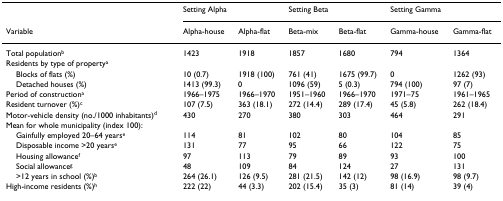
<table><thead><tr><td></td><td colspan="2"><b>Setting Alpha</b></td><td colspan="2"><b>Setting Beta</b></td><td colspan="2"><b>Setting Gamma</b></td></tr><tr><td><b>Variable</b></td><td><b>Alpha-house</b></td><td><b>Alpha-flat</b></td><td><b>Beta-mix</b></td><td><b>Beta-flat</b></td><td><b>Gamma-house</b></td><td><b>Gamma-flat</b></td></tr></thead><tbody><tr><td>Total population<sup>b</sup></td><td>1423</td><td>1918</td><td>1857</td><td>1680</td><td>794</td><td>1364</td></tr><tr><td>Residents by type of property<sup>a</sup></td><td></td><td></td><td></td><td></td><td></td><td></td></tr><tr><td> Blocks of flats (%)</td><td>10 (0.7)</td><td>1918 (100)</td><td>761 (41)</td><td>1675 (99.7)</td><td>0</td><td>1262 (93)</td></tr><tr><td> Detached houses (%)</td><td>1413 (99.3)</td><td>0</td><td>1096 (59)</td><td>5 (0.3)</td><td>794 (100)</td><td>97 (7)</td></tr><tr><td>Period of construction<sup>a</sup></td><td>1966–1975</td><td>1966–1970</td><td>1951–1960</td><td>1966–1970</td><td>1971–75</td><td>1961–1965</td></tr><tr><td>Resident turnover (%)<sup>c</sup></td><td>107 (7.5)</td><td>363 (18.1)</td><td>272 (14.4)</td><td>289 (17.4)</td><td>45 (5.8)</td><td>262 (18.4)</td></tr><tr><td>Motor-vehicle density (no./1000 inhabitants)<sup>d</sup></td><td>430</td><td>270</td><td>380</td><td>303</td><td>464</td><td>291</td></tr><tr><td>Mean for whole municipality (index 100):</td><td></td><td></td><td></td><td></td><td></td><td></td></tr><tr><td> Gainfully employed 20–64 years<sup>e</sup></td><td>114</td><td>81</td><td>102</td><td>80</td><td>104</td><td>85</td></tr><tr><td> Disposable income &gt;20 years<sup>e</sup></td><td>131</td><td>77</td><td>95</td><td>66</td><td>122</td><td>75</td></tr><tr><td> Housing allowance<sup>f</sup></td><td>97</td><td>113</td><td>79</td><td>89</td><td>93</td><td>100</td></tr><tr><td> Social allowance<sup>g</sup></td><td>48</td><td>109</td><td>84</td><td>124</td><td>27</td><td>131</td></tr><tr><td> &gt;12 years in school (%)<sup>b</sup></td><td>264 (26.1)</td><td>126 (9.5)</td><td>281 (21.5)</td><td>142 (12)</td><td>98 (16.9)</td><td>98 (9.7)</td></tr><tr><td>High-income residents (%)<sup>h</sup></td><td>222 (22)</td><td>44 (3.3)</td><td>202 (15.4)</td><td>35 (3)</td><td>81 (14)</td><td>39 (4)</td></tr></tbody></table>